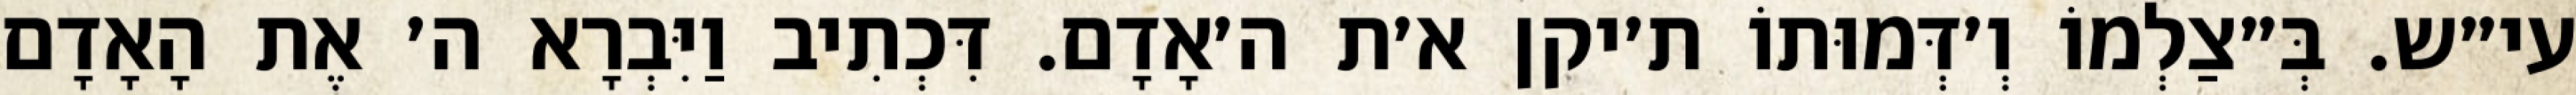
עי״ש. בְּ״צַלְמוֹ וְ׳דְּמוּתוֹ ת׳יקן א׳ת ה׳אָדָם. דִּכְתִיב וַיִּבְרָא ה׳ אֶת הָאָדָם